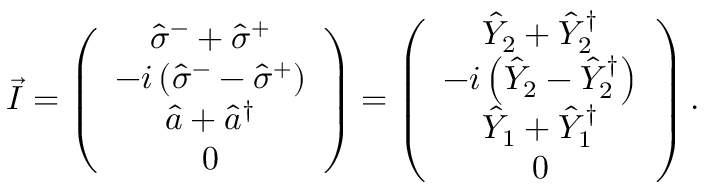
\vec { I } = \left( \begin{array} { c } { \hat { \sigma } ^ { - } + \hat { \sigma } ^ { + } } \\ { - i \left( \hat { \sigma } ^ { - } - \hat { \sigma } ^ { + } \right) } \\ { \hat { a } + \hat { a } ^ { \dagger } } \\ { 0 } \end{array} \right) = \left( \begin{array} { c } { \hat { Y } _ { 2 } + \hat { Y } _ { 2 } ^ { \dagger } } \\ { - i \left( \hat { Y } _ { 2 } - \hat { Y } _ { 2 } ^ { \dagger } \right) } \\ { \hat { Y } _ { 1 } + \hat { Y } _ { 1 } ^ { \dagger } } \\ { 0 } \end{array} \right) .